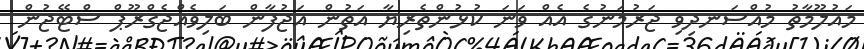
މައުލޫމާތު މުއްސަނދިވި ޖަރުމަނުގެ އެއް ވަނަ ކުޅުންތެރިޔާ އަތުން އަޖުފާން ބަލިވެއްޖެގްރޫޕް ސްޓޭޖުން